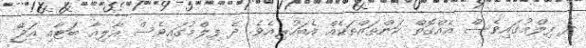
ދެ ފިލްމުގައިވެސް އެއްގޮތް ކަންތައްތަކެއް އެބަހުރިއެވެ. ދެ ފިލްމުގައިވެސް އާލިއާ ބަޓާއި އަޖޭ